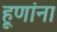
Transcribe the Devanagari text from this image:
हूणांना